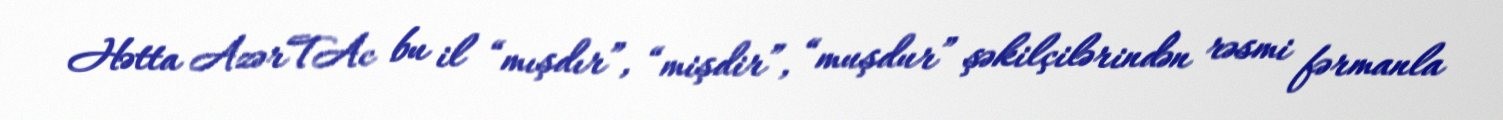
Hətta AzərTAc bu il “mışdır”, “mişdir”, “muşdur” şəkilçilərindən rəsmi fərmanla